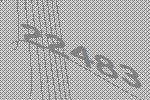
22483